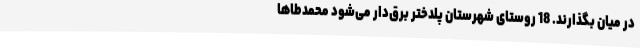
در میان بگذارند. 18 روستای شهرستان پلدختر برق‌دار می‌شود محمدطاها